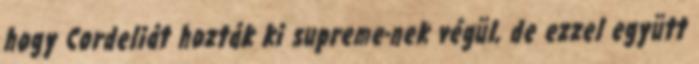
hogy Cordeliát hozták ki supreme-nek végül, de ezzel együtt